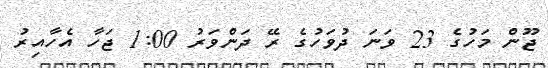
ޖޫން މަހުގެ 23 ވަނަ ދުވަހުގެ ރޭ ދަންވަރު 1:00 ޖަހާ އެހާއިރު